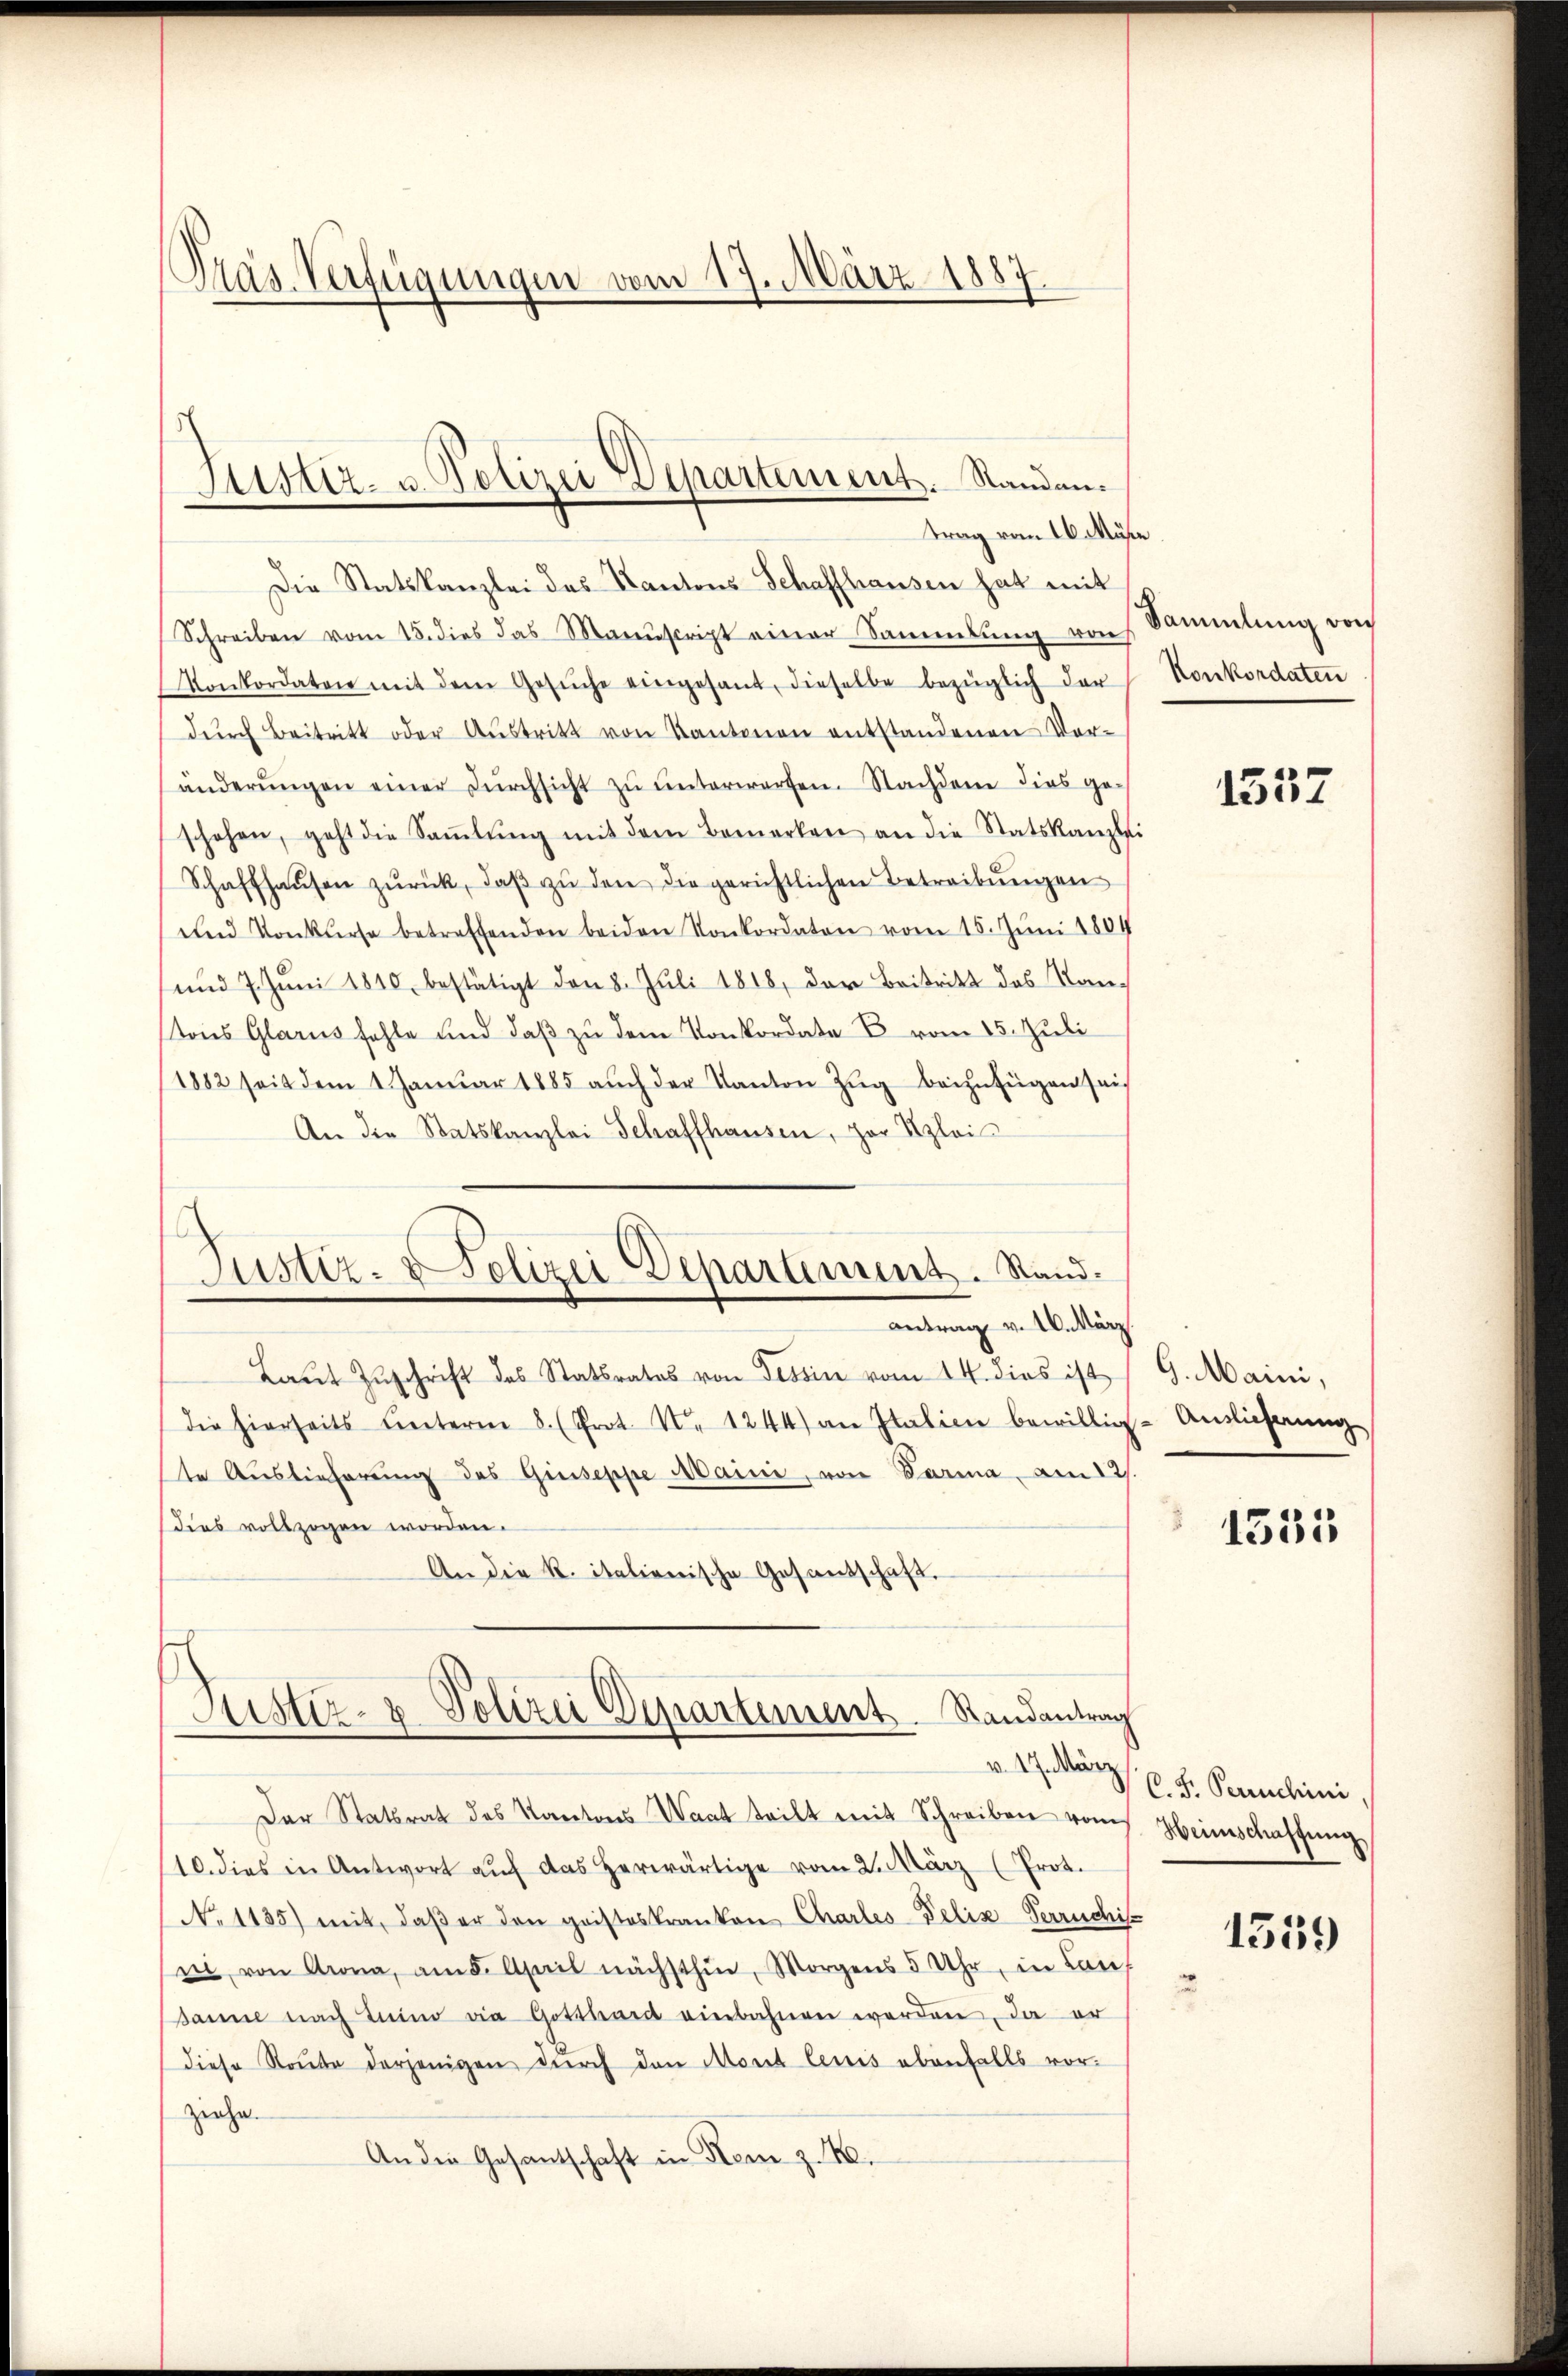
Präs. Verfügungen vom 17. März 1887

Justiz- u. Polizei Departement. Standen.
trag vom 10. Müße

Die Statskanzlei des Kantons Schaffhausen hat mit
Schreiben vom 15. dies das Manuscript einer Sammlung von
Konkordaten mit dem Gesŭche eingesant, dieselbe bezüglich der
dŭrch Beitritt oder Aŭstritt von Kantonen entstandenen Vor-
änderŭngen einer Dŭrchsicht zŭ ŭnterwerfen. Nachdem dies ge-
schehen, geht die Saṁlŭng mit dem Bemerken an die Statskanzlei
Schaffhaŭsen zŭrück, daβ zŭ den die gerichtlichen Betreibungen
und Konkurse betreffenden beiden Konkordaten vom 15. Juni 1804
und 7. Juni 1810, bestätigt den 8. Juli 1818, der Beitritt des Kan¬
Tons Glarus fehle und daß zu dem Konkordata B. vom 15. Juli
1882 seit dem 1 Janŭar 1885 aŭch der Kanton Zŭg beizufügen sei
An die Statskanzlei Schaffhausen, zur Klei

Justiz- & Polizei Departement. Stand.

Justiz- & Polizei Departement Randantrag
v. 17. März

Der Statsrat des Kantons Waat teilt mit Schreiben vom
10. dies in Antwort aŭf das herwärtige vom 2. März (Prot.
No. 1135) mit, daβ er den gristeskranken Charles-Telis Verrichi-
ni von Krona, am 5. April nächsthin, Morgens 5 Uhr, in Lauf
sanne nach Luino die Gotthard einbahnen werden, da er
diese Staŭbe derjenigen durch den Mont lenis ebenfalls vorziehe.
An die Gesantschaft in Rom z.

antrag v. M. März.
Laŭt Zŭschrift des Statsrates von Tessin vom 14. dies ist 9. Maini,
die hierseits hinterm 8. (Prot. Nr. 1244) an Italien bewillig Auslieferŭng
te Auslieferung des Giuseppe Maini, von Darina am 12.
dies vollzogen worden.
An die R. italienische Gesandschaft.

Sammlung von
Konkordaten

1557

1555

C. J. Perruchini,
Heimschaffung

1559